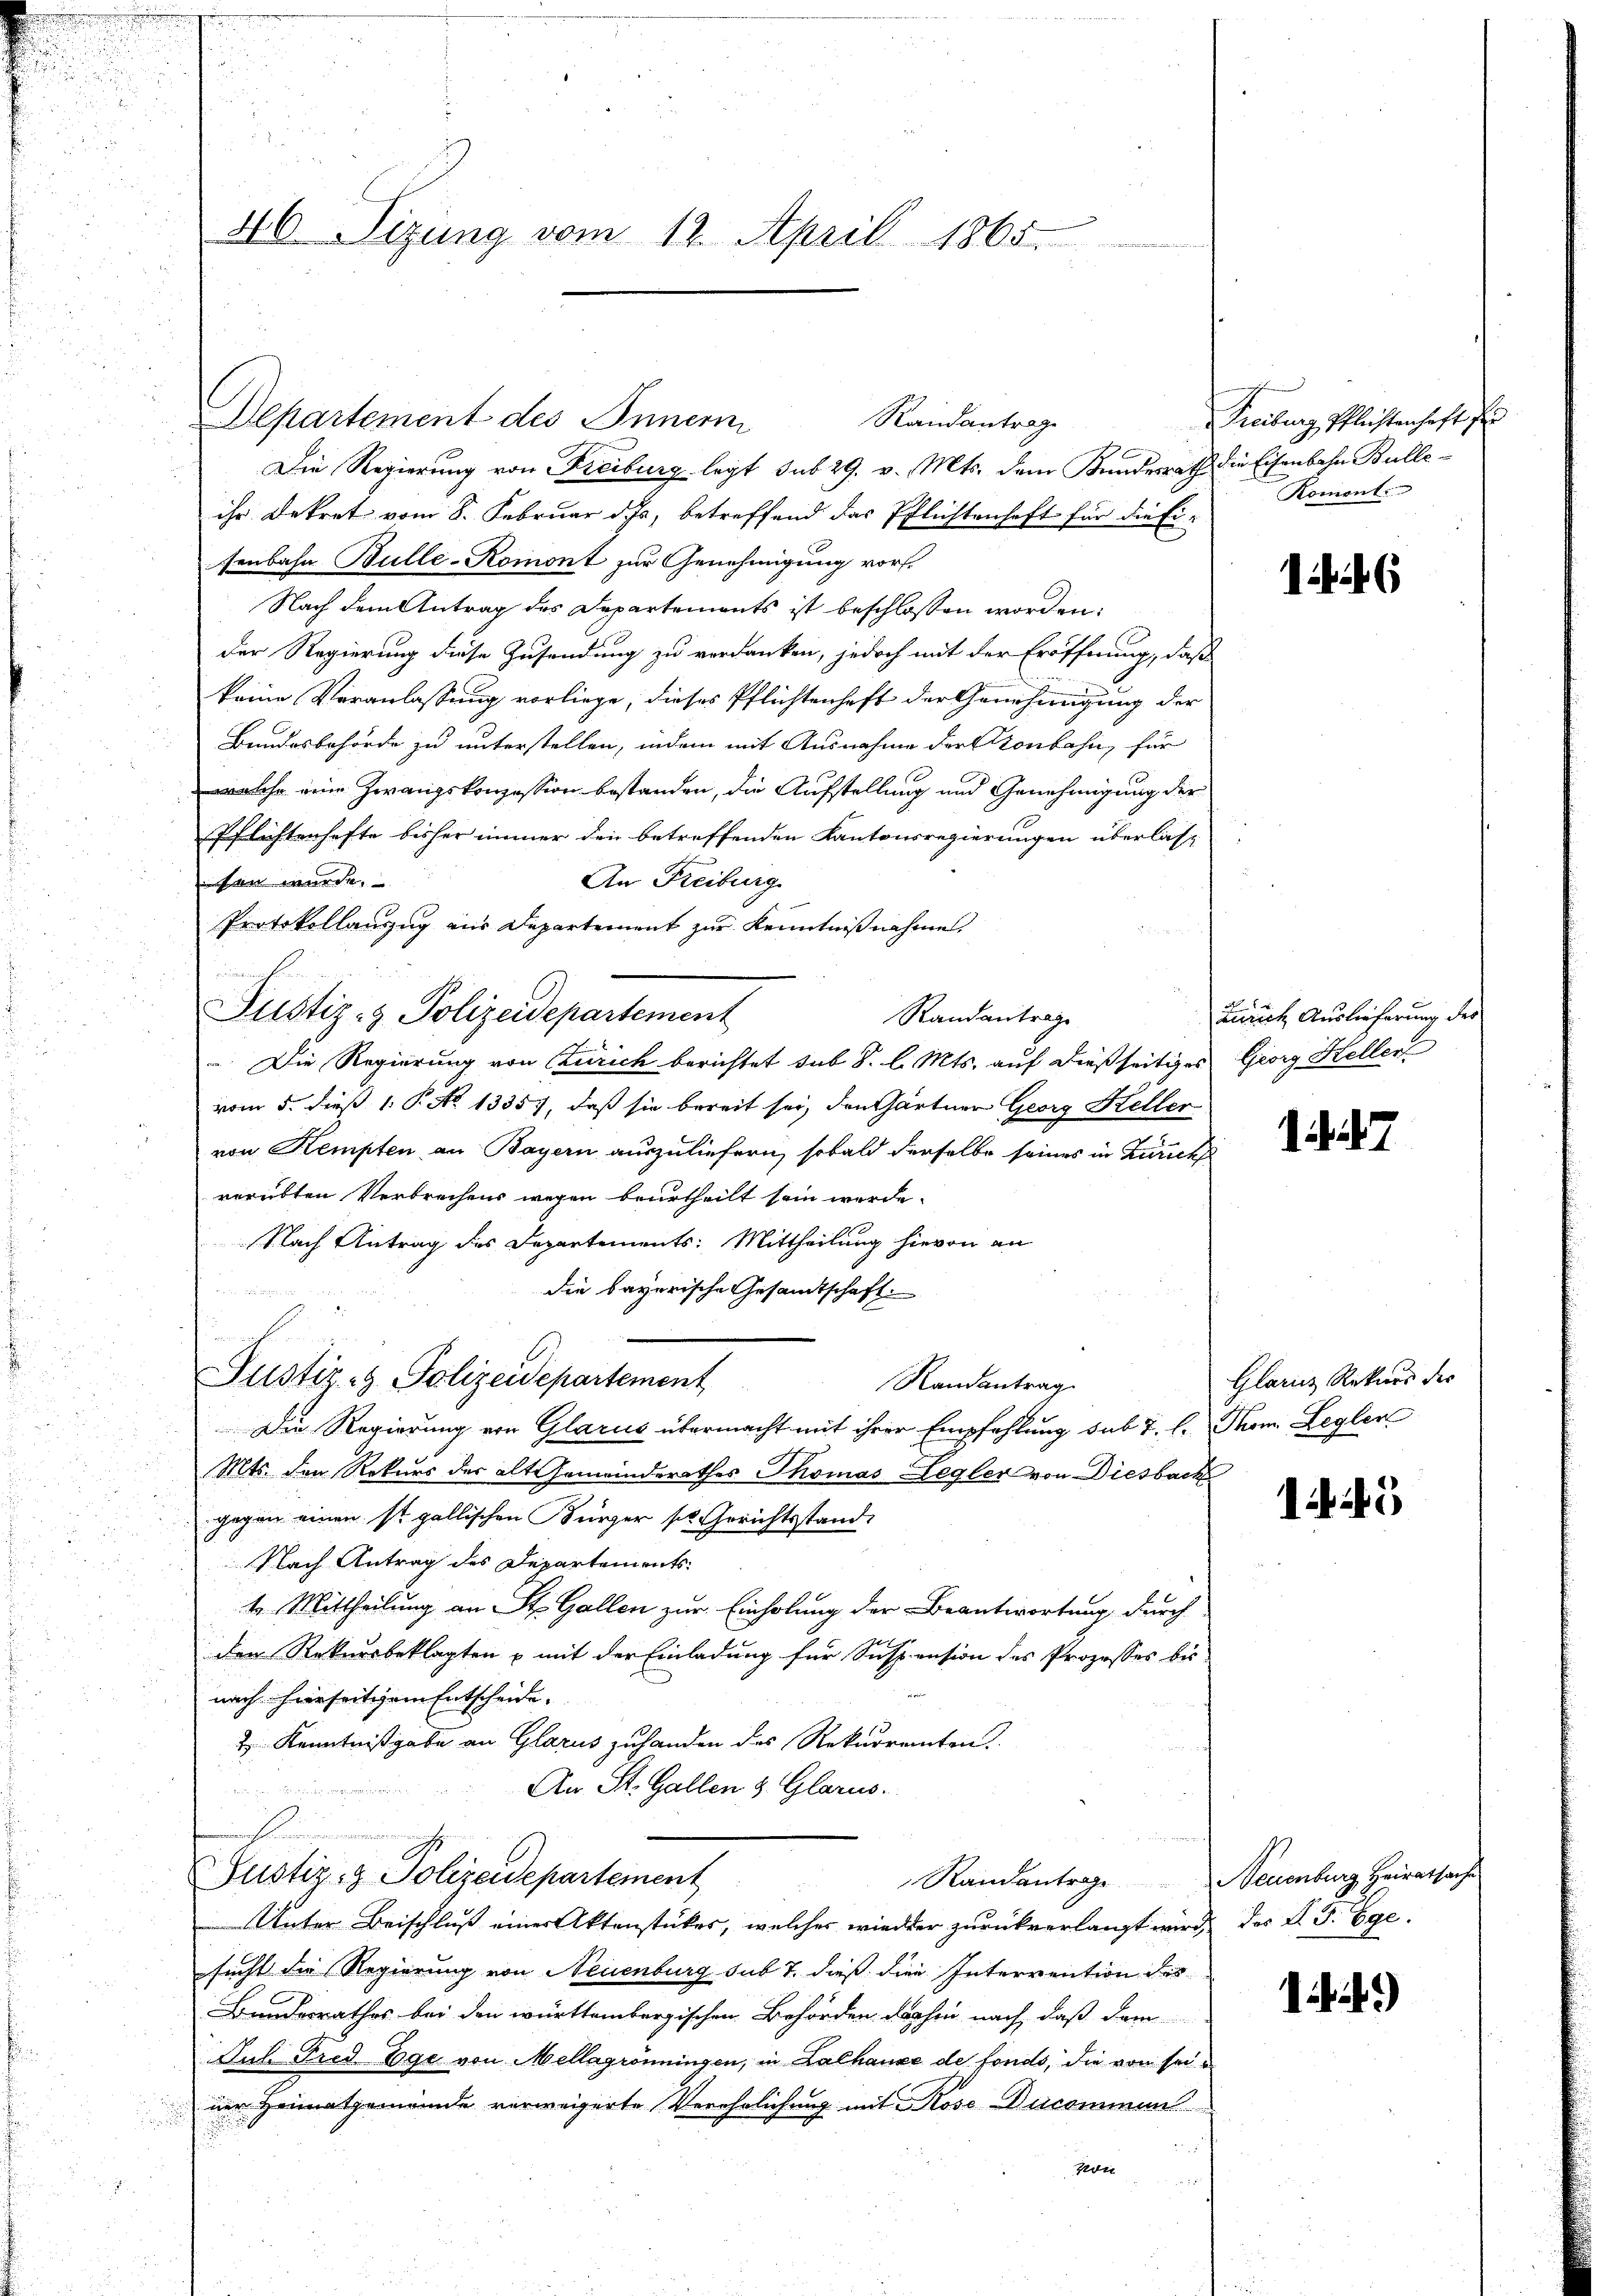
d

.

46. Sizung vom 12. April 1865.

Departement des Innern
Randantrage

Die Regierung von Freiburg legt sub 29. v. Mts. dem Kundesrath die Eisenbahn Bulleihr Dekret vom 8. Februar d. Js. betreffend das Pflichtenhaft für die Eisenbahn Bulle-Romont zur Genehmigung vor.
Nach dem Antrag des Departements ist beschlossen worden:
Der Regierung diese Zusendung zu verdanken, jedoch mit der Eröffnung, daß
keine Veranlassung vorliege, dieses Pflichtenhaft der Genehmigung der
Bundesbehörde zu unterstellen, indem mit Ausnahme der Konbahn, für
welche eine Zwangskonzession bestanden, die Aufstellung und Genehmigung der
Pflichtenhafte bisher immer den betreffenden Kantonsregierungen überlass
An Freiburg
sen wurde,
Protokollauszug aus Departement zur Kenntnißnahme,
e
Justiz- & Polizeidepartement
Randantrage
 Die Regierung von Zürich berichtet sub 8. l. Mts. auf dießseitiges Georg Heller
vom 5. dieß 1. P. No 13357, daß sie bereit sei, den Gärtner Georg Keller
von Kempten an Bayern auszuliefern, sobald derselbe seines in Zürichs
verübten Verbrechens wegen beurtheilt sein werde.
Nach Antrag des Departements: Mittheilung hievon an

die bayerische Gesandtschaft
u
5
Justiz- & Polizeidepartement
Randantrag
Die Regierung von Glarus übermacht mit ihrer Empfehlung sub 7. l. Thom. Legler
Mts. den Rekurs des alt emeinderathes Thomas Legler von Diesbach
gegen einen st. gallischen Bürger sel. Gerichtsstand
Nach Antrag des Departements
t. Mittheilung an St. Gallen zur Einholung der Beantwortung durch
der Rekursbeklagten u mit der Einladung für Suspension des Prozesses bis
nach hierseitigem Entscheide.
2 Kenntnißgabe an Glarus zuhanden des Rekurrenten.
An St. Gallen 3. Glarus.

E
Justiz- & Polizeidepartement
Randantrage Neuenburg Heiratsache
Unter Beischluß einer Aktenstückes, welches wieder zurückverlangt wird, das V. P. Ege
sucht die Regierung von Neuenburg sub 7. dieß die Intervention des
Bundesrathes bei den württembergischen Behörden dahin nach, daß dem
Jul. Fred Ege von Mellagröningen, in Lalhause de fonds, die von seiner Heimatgemeinde verweigerte Verehrlichung mit Rose Ducommen

u
von

Treiburg, Pflichtenhaft zu
Koment.

Zürich Auslieferung des

7

Glarus Rekurs des

1445

i. a.)